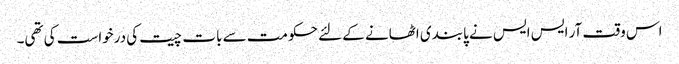
اس وقت آر ایس ایس نے پابندی اٹھانے کے لئے حکومت سے بات چیت کی درخواست کی تھی۔